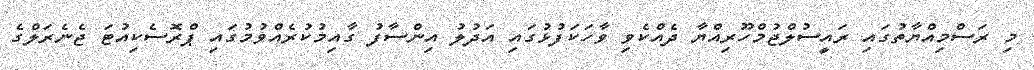
މި ރަސްމިއްޔާތުގައި ރައީސުލްޖުމްހޫރިއްޔާ ދެއްކެވި ވާހަކަފުޅުގައި އަދުލު އިންސާފު ގާއިމުކުރެއްވުމުގައި ޕްރޮސެކިއުޓަ ޖެނެރަލްގެ